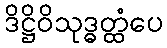
ဒိဋ္ဌိဝိသုဒ္ဓတ္ထံပေ